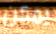
يمكن